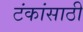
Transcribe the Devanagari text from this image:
टंकांसाठी